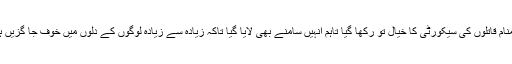
گمنام قاتلوں کی سیکورٹی کا خیال تو رکھا گیا تاہم انہیں سامنے بھی لایا گیا تاکہ زیادہ سے زیادہ لوگوں کے دلوں میں خوف جا گزیں ہو۔